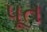
પૂત